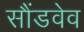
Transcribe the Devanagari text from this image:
सौंडवेव